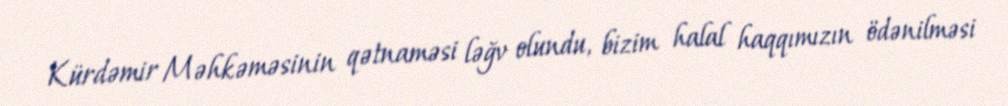
Kürdəmir Məhkəməsinin qətnaməsi ləğv olundu, bizim halal haqqımızın ödənilməsi